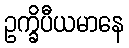
ဥက္ခိပီယမာနေ